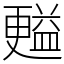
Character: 㬲